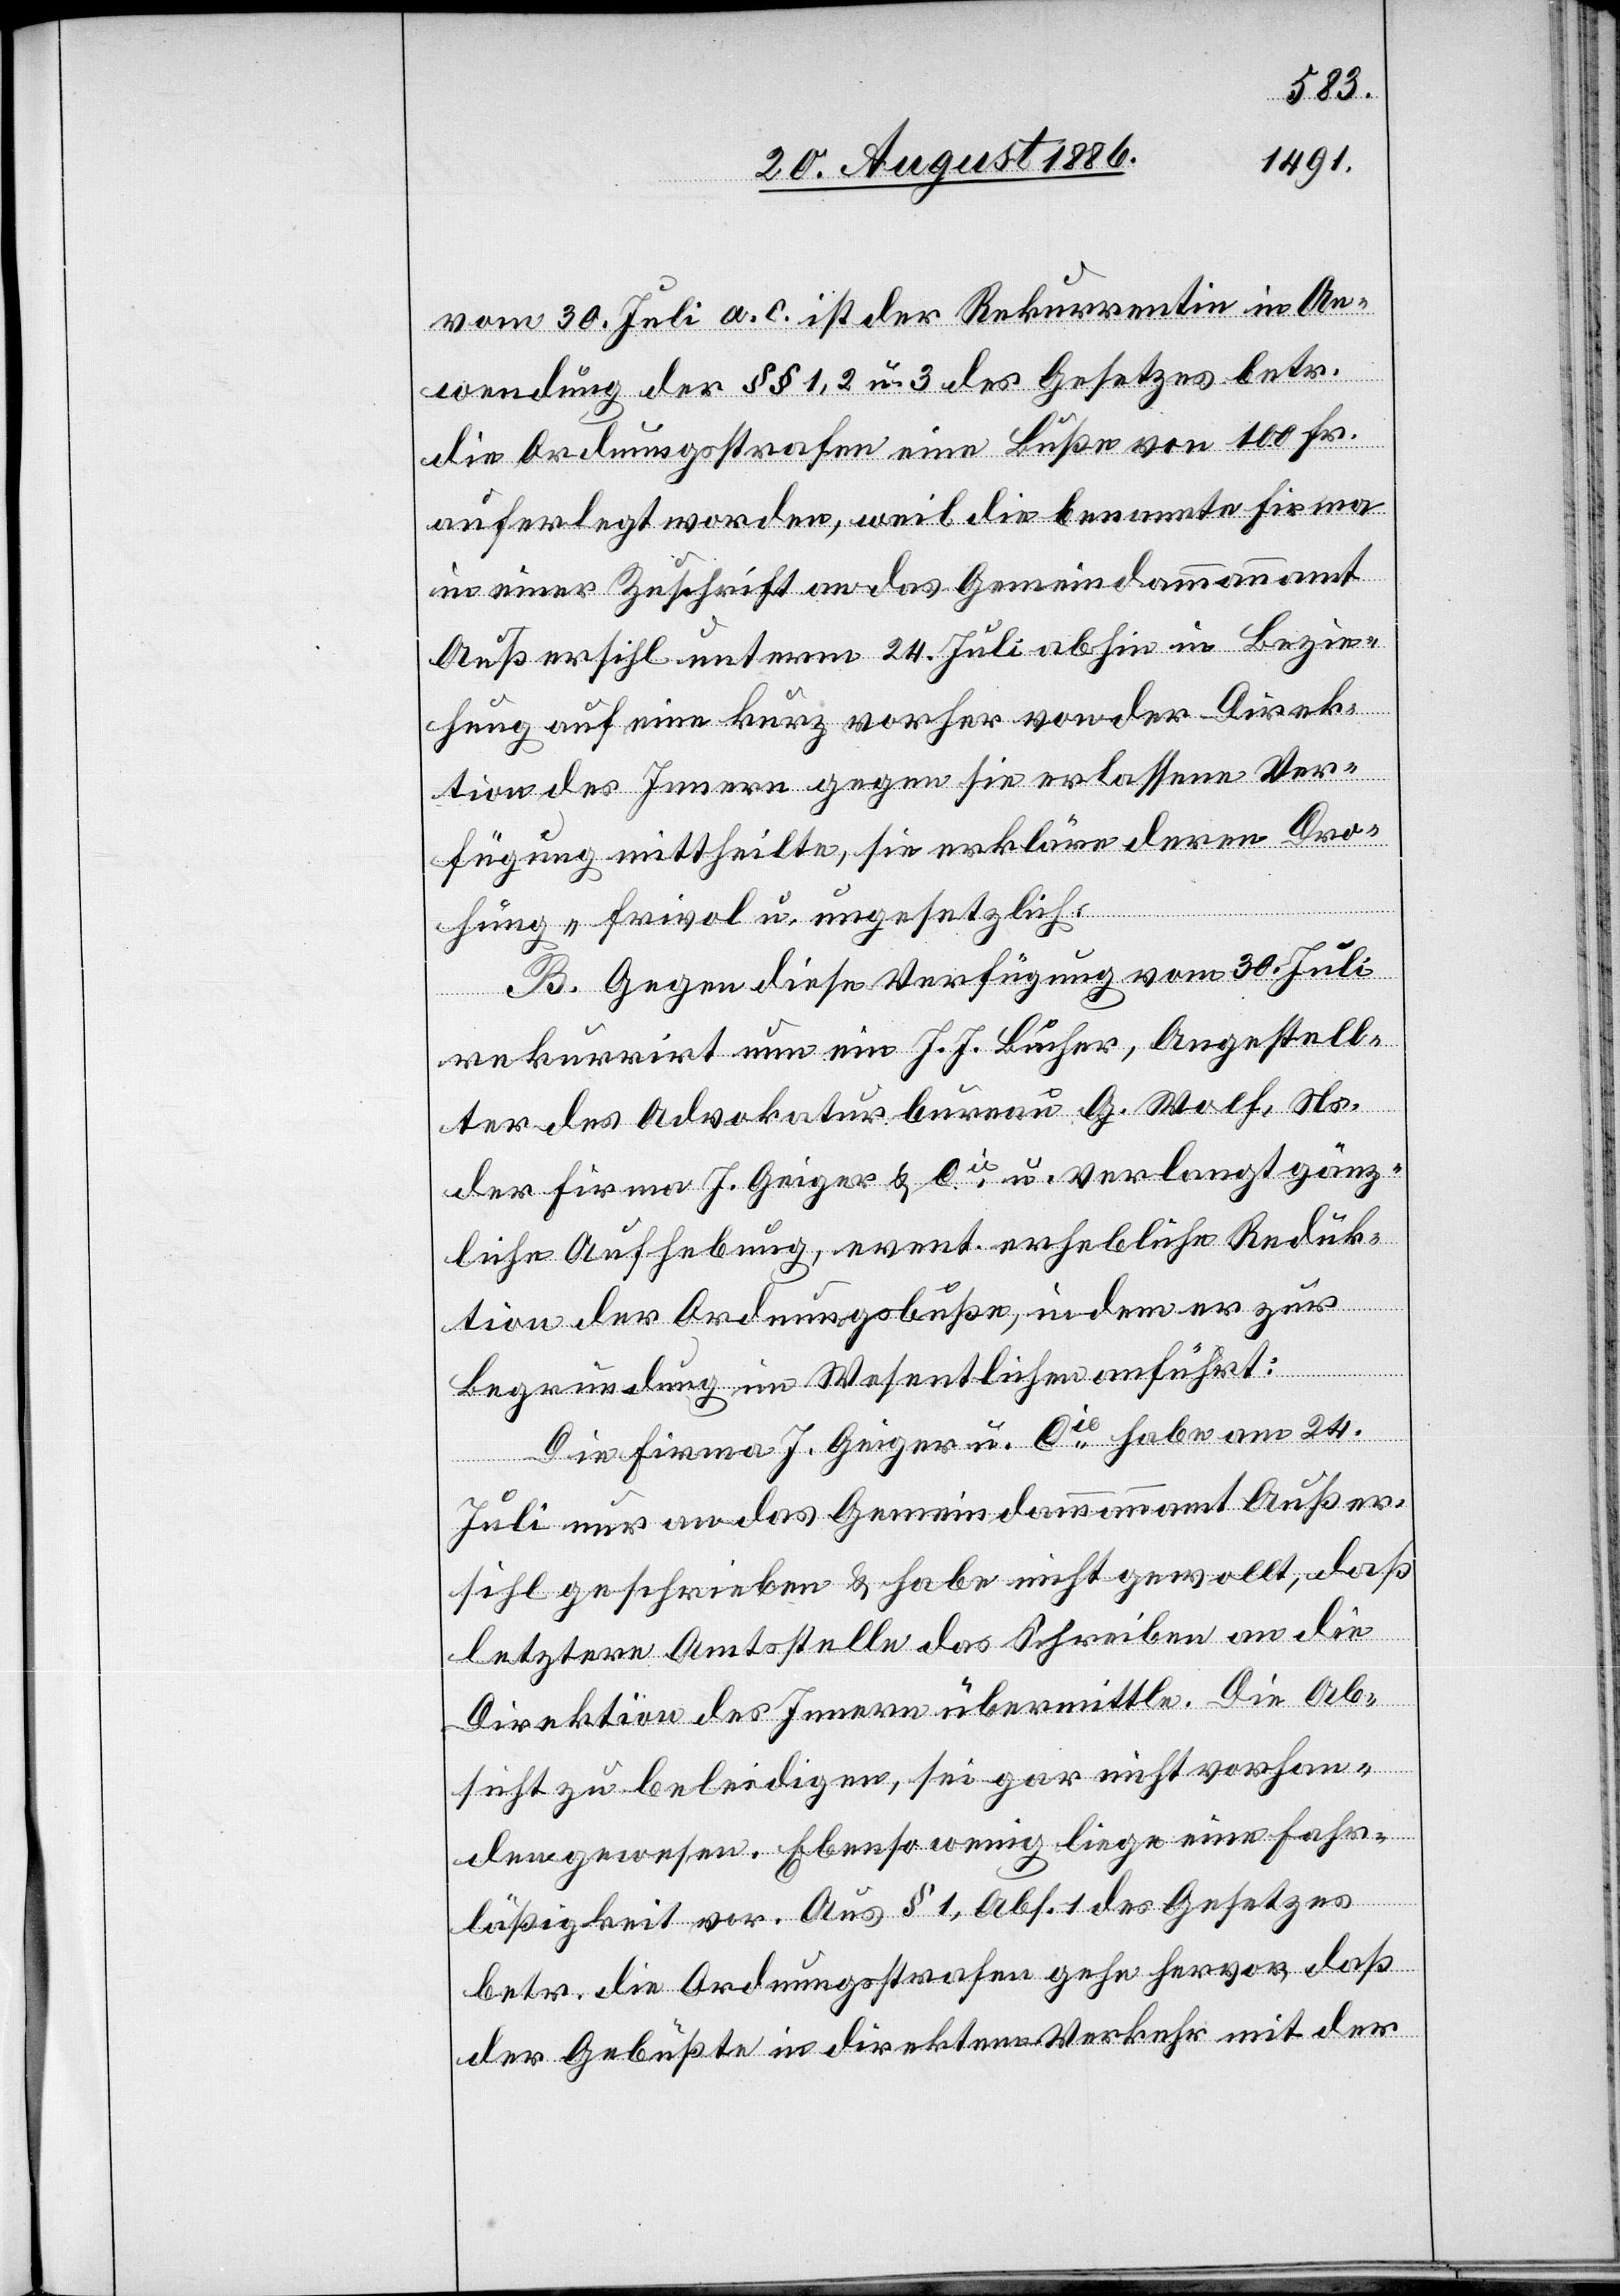
vom 30. Juli a. c. ist der Rekurrentin in An¬
wendung der §§ 1, 2 u. 3 des Gesetzes betr.
die Ordnungsstrafen eine Buße von 100 Fr.
auferlegt worden, weil die benannte Firma
in einer Zuschrift an das Gemeindammannamt
Außersihl unterm 24. Juli abhin in Bezie¬
hung auf eine kurz vorher von der Direk¬
tion des Innern gegen sie erlassene Ver¬
fügung mittheilte, sie erkläre deren Dro¬
hung „frivol u. ungesetzlich“.
B. Gegen diese Verfügung vom 30. Juli
rekurrirt nun ein J. J. Bucher, Angestell¬
ter des Advokaturbureau G. Wolf, Ns.
der Firma J. Geiger & Cie, u. verlangt gänz¬
liche Aufhebung, event. erhebliche Reduk¬
tion der Ordnungsbuße, indem er zur
Begründung im Wesentlichen anführt:
Die Firma J. Geiger u. Cie habe am 24.
Juli nur an das Gemeindammannamt Außer¬
sihl geschrieben & habe nicht gewollt, daß
letztere Amtsstelle das Schreiben an die
Direktion des Innern übermittle. Die Ab¬
sicht zu beleidigen, sei gar nicht vorhan¬
den gewesen. Ebenso wenig liege eine Fahr¬
läßigkeit vor. Aus § 1, Abs. 1 des Gesetzes
betr. die Ordnungsstrafen gehe hervor, daß
der Gebüßte in direktem Verkehr mit der